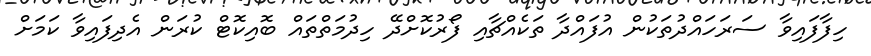
ހިފާފައިވާ ސަރަހައްދުތަކުން އުފައްދާ ތަކެއްޗާއި ފޯރުކޮށްދޭ ހިދުމަތްތައް ބޮއިކޮޓް ކުރަން އެދިފައިވާ ކަމަށް